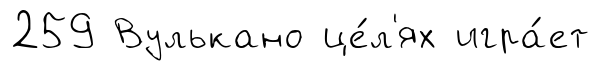
259 Вулькано це́л'ях игра́ет